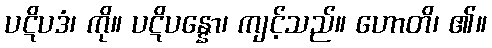
ပဋိပဒံ၊ ကို။ ပဋိပန္နော၊ ကျင့်သည်။ ဟောတိ၊ ၏။